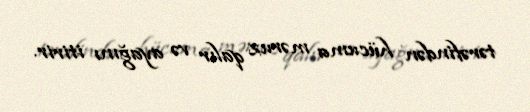
tərəfindən hücuma məruz qalır və ayağını itirir.